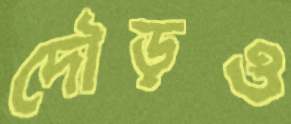
দৌড়ও